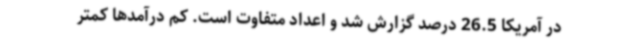
در آمریکا 26.5 درصد گزارش شد و اعداد متفاوت است. کم درآمدها کمتر